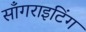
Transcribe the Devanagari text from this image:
साँगराइटिंग